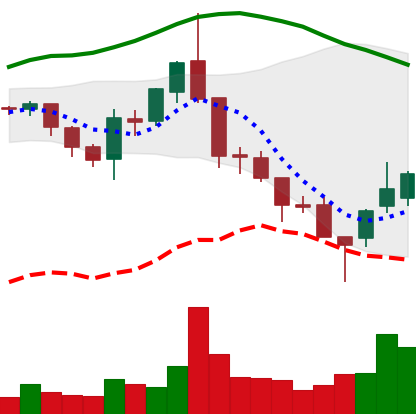
Ticker: ETC-USD
Chart end date: 2018-08-17
Forward return: -15.391%
Label: down_7plus